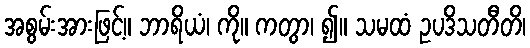
အစွမ်းအားဖြင့်။ ဘာရိယံ၊ ကို။ ကတွာ၊ ၍။ သမထံ ဥပဒိသတီတိ၊